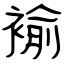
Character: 褕